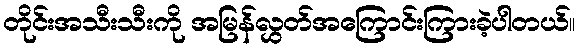
တိုင်းအသီးသီးကို အမြန်လွှတ်အကြောင်းကြားခဲ့ပါတယ်။